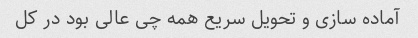
آماده سازی و تحویل سریع همه چی عالی بود در کل